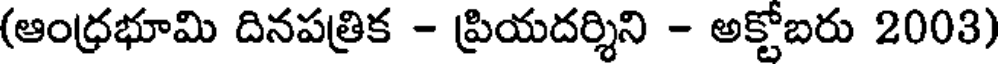
(ఆంధ్రభూమి దినపత్రిక - ప్రియదర్శిని - అక్టోబరు 2003)